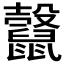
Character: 𪕷